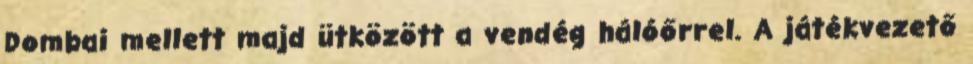
Dombai mellett majd ütközött a vendég hálóőrrel. A játékvezető